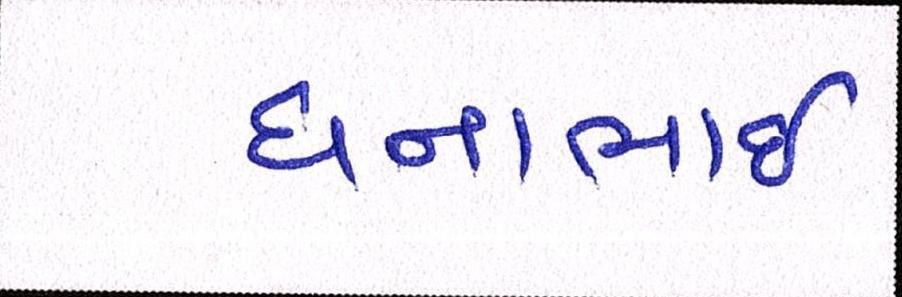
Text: ધનાભાઇ